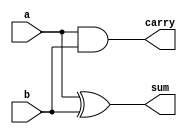
`timescale 1ns / 1ps

module behavioural_modelling(sum,carry, a,b);
    output reg sum,carry;
    input a,b;
    always @(*)
    begin
    sum=a^b;
    carry=a&b;
    end
    
endmodule

//test bench
`timescale 1ns / 1ps

module behavioural_tb( );
wire sum,carry;
reg a,b;
behavioural_modelling ha1(sum,carry,a,b);
initial
begin
a=0;
b=0;
#1200 $finish();
end
always #50 a=~a;
always #100 b=~b;
endmodule